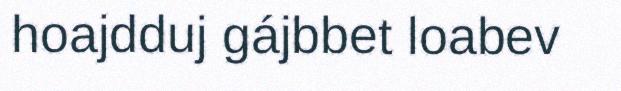
hoajdduj gájbbet loabev